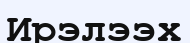
Ирэлээх